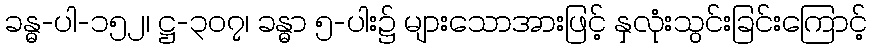
ခန္ဓ-ပါ-၁၅၂၊ ဋ္ဌ-၃၀၇၊ ခန္ဓာ ၅-ပါး၌ များသောအားဖြင့် နှလုံးသွင်းခြင်းကြောင့်